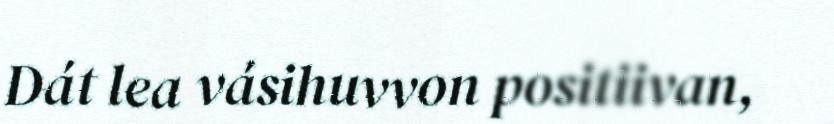
Dát lea vásihuvvon positiivan,